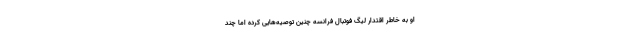
او به‌ خاطر اقتدار لیگ فوتبال فرانسه چنین توصیه‌هایی کرده اما چند